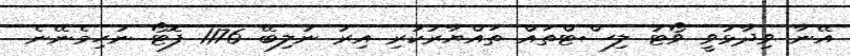
އޭނާ ވިދާޅުވީ ވޯޓު ލިސްޓްތައް ތައްޔާރުކުރި އިރު ނުލިބޭ 1176 ފޮޓޯ ނުހިމެނޭނެ